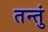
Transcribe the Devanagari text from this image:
तन्तुं